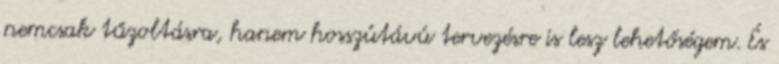
nemcsak tűzoltásra, hanem hosszútávú tervezésre is lesz lehetőségem. És